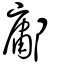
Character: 鄘